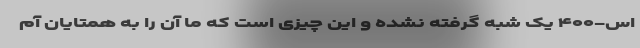
اس-۴۰۰ یک شبه گرفته نشده و این چیزی است که ما آن را به همتایان آم